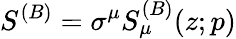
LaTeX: S^{(B)}=\sigma^{\mu}S_{\mu}^{(B)}(z;p)